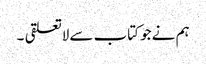
ہم نے جو کتاب سے لاتعلقی ۔